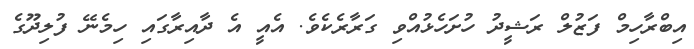
އިބްރާހިމް ފަޒުލް ރަޝީދު ހުށަހެޅުއްވި ގަރާރެކެވެ. އެއީ އެ ދާއިރާގައި ހިމެނޭ ފުލިދޫގެ